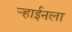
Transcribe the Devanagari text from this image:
ऱ्हाईनला